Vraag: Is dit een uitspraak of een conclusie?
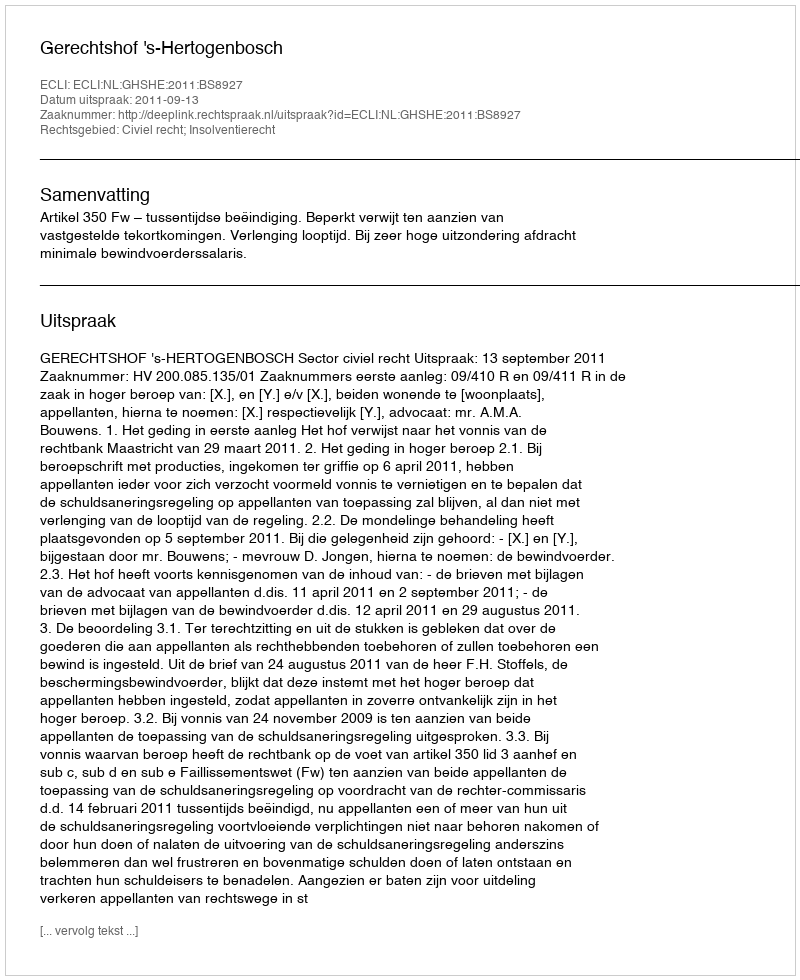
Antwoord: Uitspraak